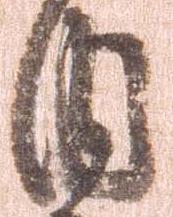
内